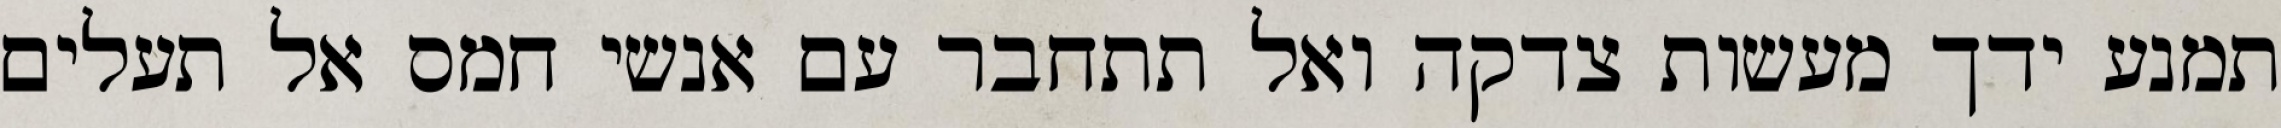
תמנע ידך מעשות צדקה ואל תתחבר עם אנשי חמס אל תעלים